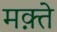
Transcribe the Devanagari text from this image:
मक़्ते